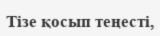
Тізе қосып теңесті,